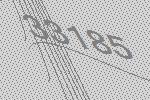
33185